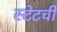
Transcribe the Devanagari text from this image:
स्टेटची